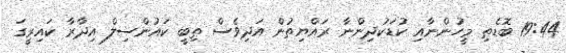
19:44 ބޮޑެތި މީހުންނާއި ކުޑަކުދިންނާ ރައްޔިތުން އަދިވެސް ތިބީ ކައުންސިލް އިދާރާ ކައިރީގަ